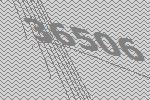
36506